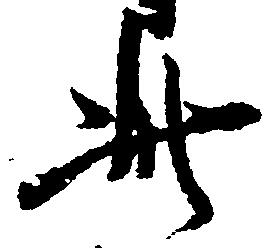
此